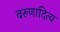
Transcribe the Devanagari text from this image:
वरुणादित्य